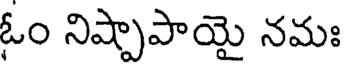
ఓం నిష్పాపాయై నమః